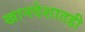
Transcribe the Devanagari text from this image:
खानदेशातही